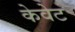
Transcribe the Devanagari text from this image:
केवेट